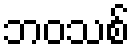
ဘဝသစ်